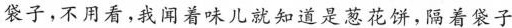
袋子，不用看，我闻着味儿就知道是葱花饼，隔着袋子